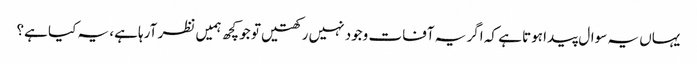
یہاں یہ سوال پیدا ہوتا ہے کہ اگر یہ آفات وجود نہیں رکھتیں تو جو کچھ ہمیں نظر آرہا ہے، یہ کیا ہے؟